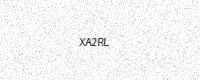
Text: XA2RL